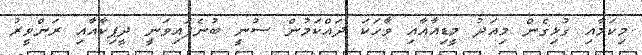
މިކަމާއި ގުޅިގެން މިއަދު މީޑިއާއާއި ވާހަކަ ދައްކަމުން ސުނީ ބުނެފައިވަނީ ދީޕިކާއާއި ރަންވީރު